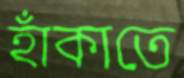
হাঁকাতে